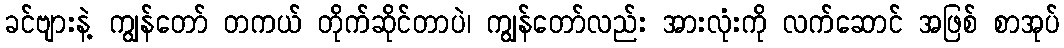
ခင်ဗျားနဲ့ ကျွန်တော် တကယ် တိုက်ဆိုင်တာပဲ၊ ကျွန်တော်လည်း အားလုံးကို လက်ဆောင် အဖြစ် စာအုပ်